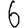
Digit: 6